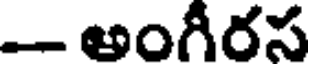
- అంగీరస